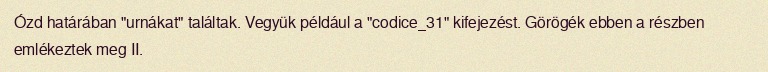
Ózd határában "urnákat" találtak. Vegyük például a "codice_31" kifejezést. Görögék ebben a részben emlékeztek meg II.